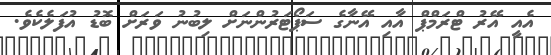
އެއީ އޭރު ޓްރަމްޕް އާއި އޭނާގެ ސަޕޯޓަރުންނަށް ލިބުނު ވަރަށް ބޮޑު އުފަލެކެވެ.